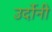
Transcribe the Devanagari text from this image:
उर्दोनी